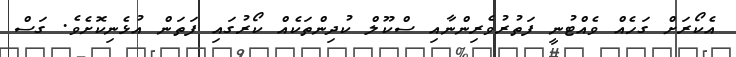
އެކޯރަށް ގަހެއް ވެއްޓުނީ ފަތުރުވެރިންނާއި ސްކޫލް ކުދިންތަކެއް ކޯރުގައި ފަތަން އުޅެނިކޮށެވެ. ގަސް